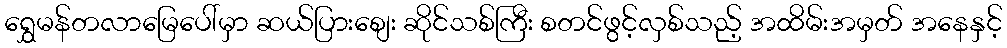
ရွှေမန်တလာမြေပေါ်မှာ ဆယ်ပြားစျေး ဆိုင်သစ်ကြီး စတင်ဖွင့်လှစ်သည့် အထိမ်းအမှတ် အနေနှင့်